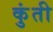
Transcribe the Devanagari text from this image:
कुुंती